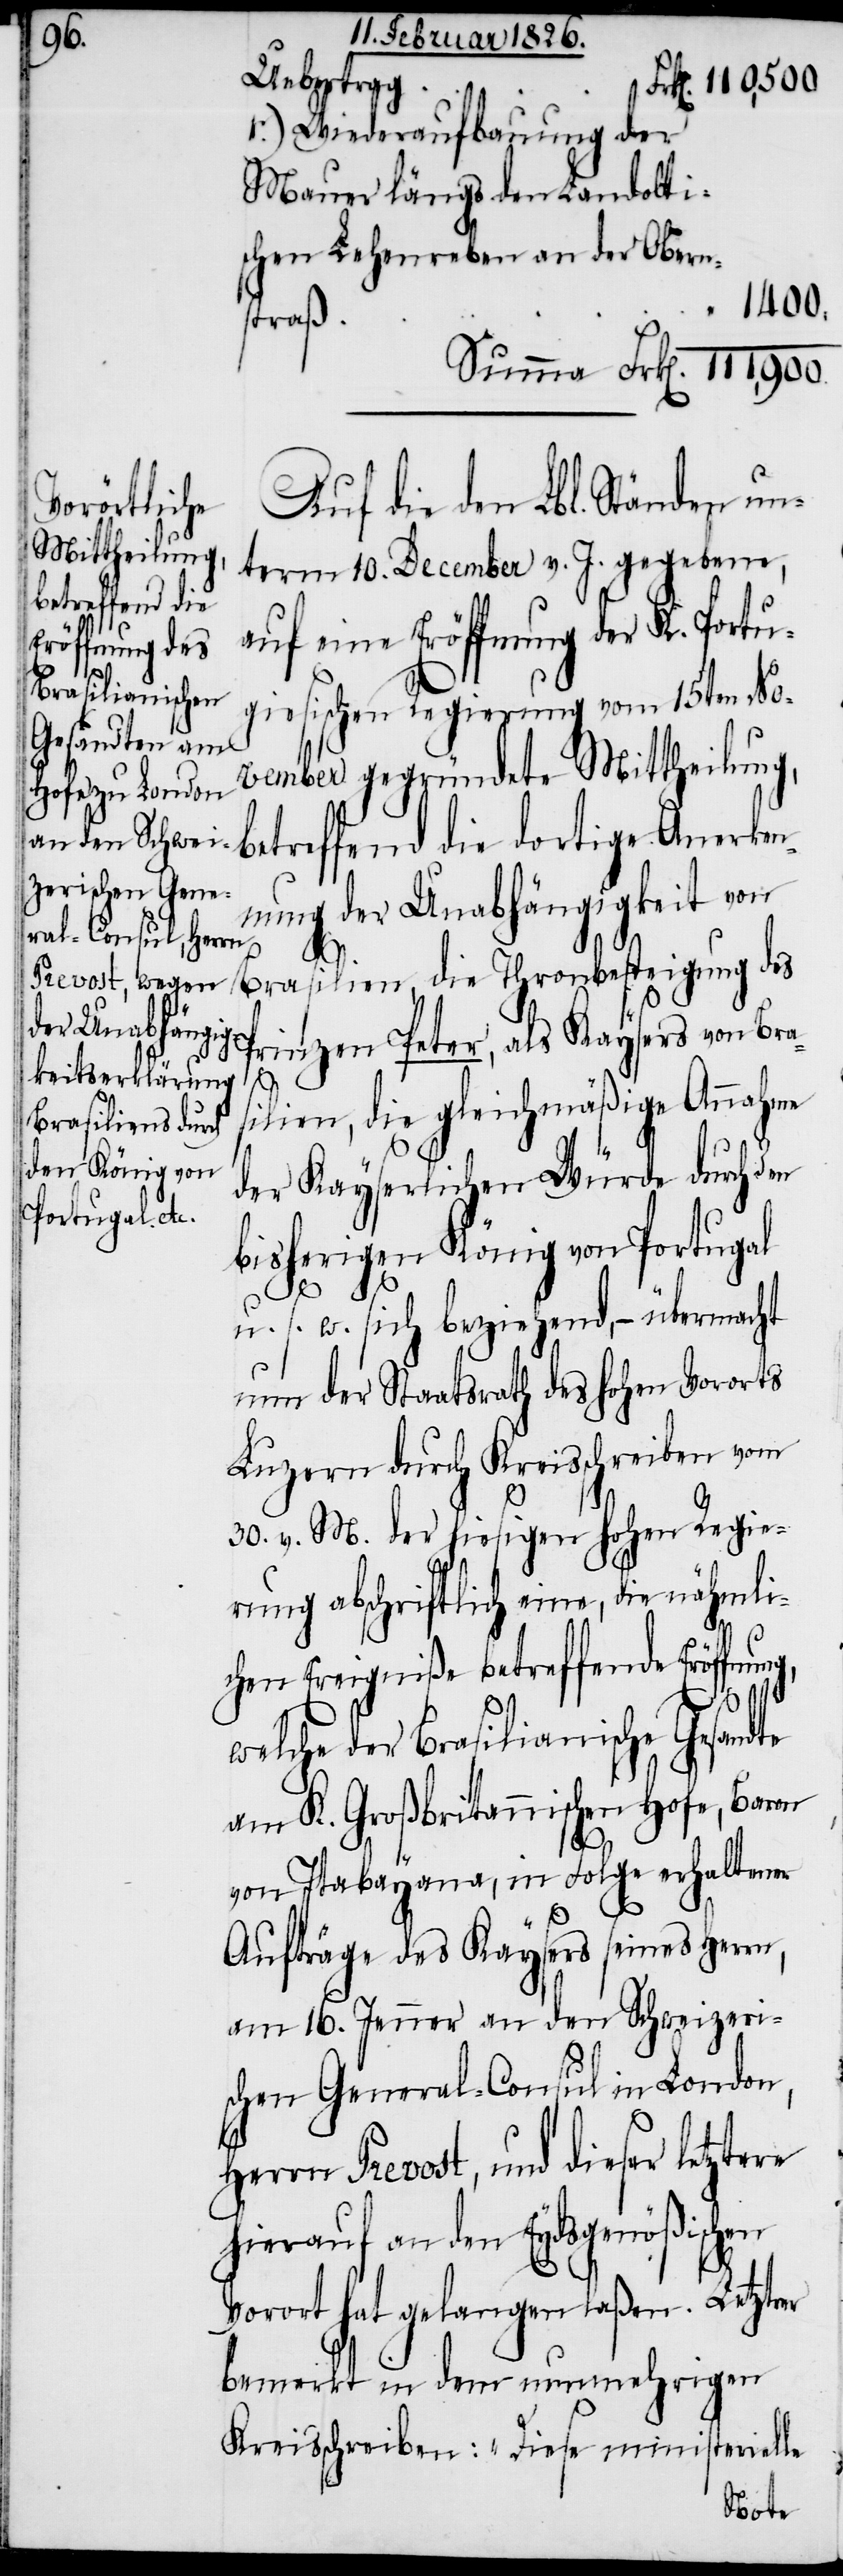
Uebertrag
r.) Wiederaufbauung der
Mauer längs dem Landolti¬
schen Lehenreben an der Obern¬
1400.
straß
Auf die den Lbl. Ständen un¬
term 10. December v. J. gegebene,
auf eine Eröffnung der K. Portu¬
giesischen Regierung vom 15ten No¬
vember gegründete Mittheilung,
betreffend die dortige Anerken¬
nung der Unabhängigkeit von
Brasilien, die Thronbesteigung des
Prinzen Peter, als Kaysers von Bra¬
te
silien, die gleichmäßige Annahme
der Kayserlichen Würde durch d¬
bisherigen König von Portugal
u. s. w. sich beziehend, – übermacht
nun der Staatsrath des hohen Vororts
Luzern durch Kreisschreiben vom
30. v. M. der hiesigen hohen Regie¬
rung abschriftlich eine, die nähmli¬
chen Ereigniße betreffende Eröffn¬
welche der Brasilianische Gesand¬
am K. Großbritannischen Hofe, Baron
von Itabayana, in Folge erhaltener
Aufträge des Kaysers seines Herrn,
am 16. Jenner an den Schweizeri¬
schen General-Consul in London,
Herrn Prevost, und dieser letztere
hierauf an den Eydsgenößischen
Vorort hat gelangen laßen. Letztrer
bemerkt in dem nunmehrigen
Kreisschreiben: „Diese ministerielle